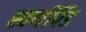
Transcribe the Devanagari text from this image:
स्वर्णपिंड